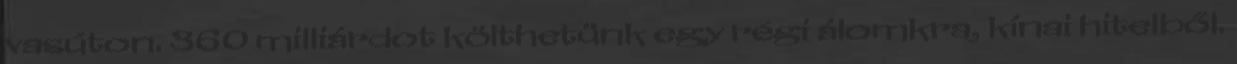
vasúton. 360 milliárdot költhetünk egy régi álomkra, kínai hitelből.